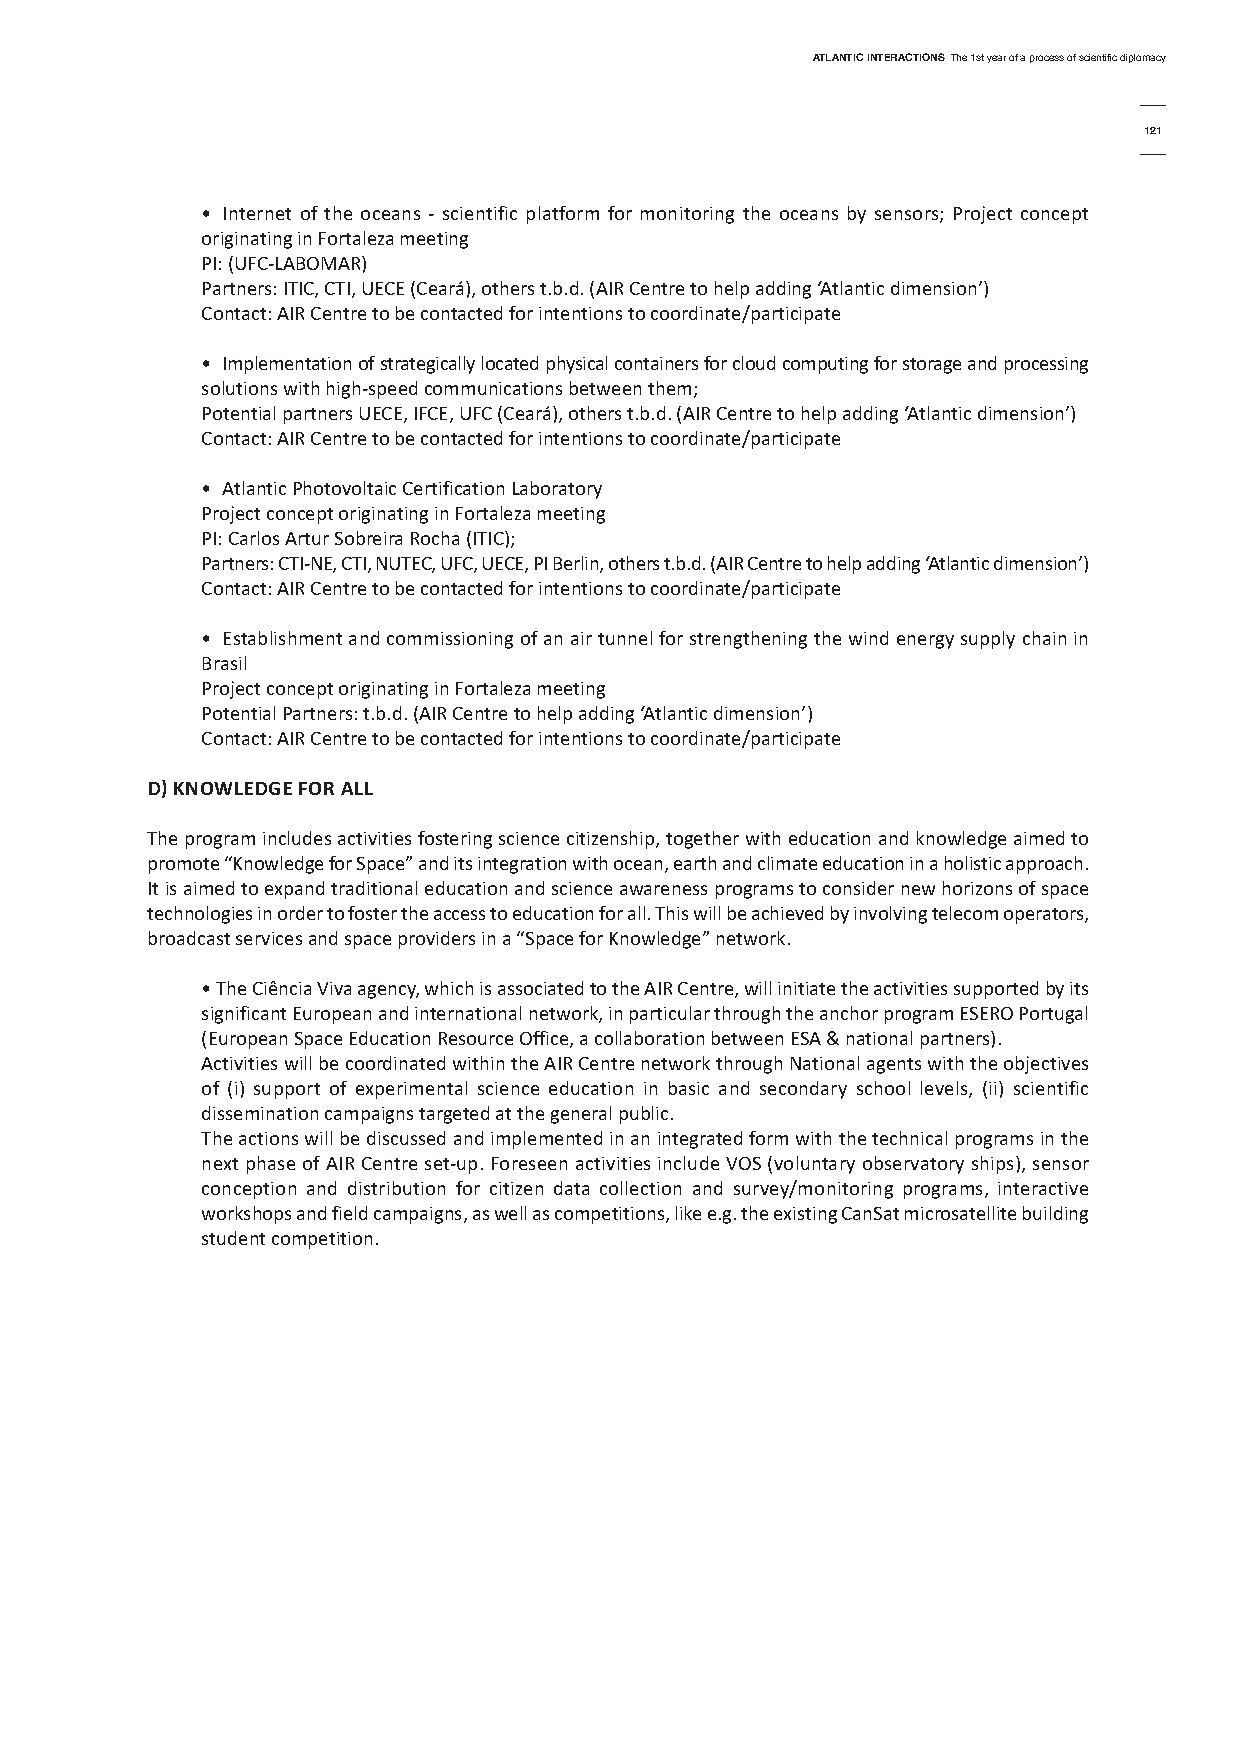
AtlAntic interActionsThe 1st year of a process of scientific diplomacy
 121
 • Internet of the oceans - scientific platform for monitoring the oceans by sensors; Project concept
 originating in Fortaleza meeting
 PI: (UFC-LABOMAR)
 Partners: ITIC, CTI, UECE (Ceará), others t.b.d. (AIR Centre to help adding ‘Atlantic dimension’)
 Contact: AIR Centre to be contacted for intentions to coordinate/participate
 • Implementation of strategically located physical containers for cloud computing for storage and processing
 solutions with high-speed communications between them;
 Potential partners UECE, IFCE, UFC (Ceará), others t.b.d. (AIR Centre to help adding ‘Atlantic dimension’)
 Contact: AIR Centre to be contacted for intentions to coordinate/participate
 • Atlantic Photovoltaic Certification Laboratory
 Project concept originating in Fortaleza meeting
 PI: Carlos Artur Sobreira Rocha (ITIC);
 Partners: CTI-NE, CTI, NUTEC, UFC, UECE, PI Berlin, others t.b.d. (AIR Centre to help adding ‘Atlantic dimension’)
 Contact: AIR Centre to be contacted for intentions to coordinate/participate
 • Establishment and commissioning of an air tunnel for strengthening the wind energy supply chain in
 Brasil
 Project concept originating in Fortaleza meeting
 Potential Partners: t.b.d. (AIR Centre to help adding ‘Atlantic dimension’)
 Contact: AIR Centre to be contacted for intentions to coordinate/participate
 d) KnoWLedGe for ALL
 The program includes activities fostering science citizenship, together with education and knowledge aimed to
 promote “Knowledge for Space” and its integration with ocean, earth and climate education in a holistic approach.
 It is aimed to expand traditional education and science awareness programs to consider new horizons of space
 technologies in order to foster the access to education for all. This will be achieved by involving telecom operators,
 broadcast services and space providers in a “Space for Knowledge” network.
 • The Ciência Viva agency, which is associated to the AIR Centre, will initiate the activities supported by its
 significant European and international network, in particular through the anchor program ESERO Portugal
 (European Space Education Resource Office, a collaboration between ESA & national partners).
 Activities will be coordinated within the AIR Centre network through National agents with the objectives
 of (i) support of experimental science education in basic and secondary school levels, (ii) scientific
 dissemination campaigns targeted at the general public.
 The actions will be discussed and implemented in an integrated form with the technical programs in the
 next phase of AIR Centre set-up. Foreseen activities include VOS (voluntary observatory ships), sensor
 conception and distribution for citizen data collection and survey/monitoring programs, interactive
 workshops and field campaigns, as well as competitions, like e.g. the existing CanSat microsatellite building
 student competition.